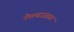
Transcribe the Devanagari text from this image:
नेपल्सजवळ